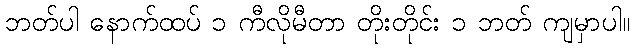
ဘတ်ပါ နောက်ထပ် ၁ ကီလိုမီတာ တိုးတိုင်း ၁ ဘတ် ကျမှာပါ။